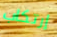
إرتكاب